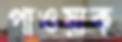
পাওয়াক